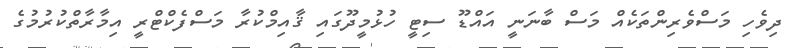
ދިވެހި މަސްވެރިންތަކެއް މަސް ބާނަނީ އައްޑޫ ސިޓީ ހުޅުމީދޫގައި ޤާއިމްކުރާ މަސްފެކްޓްރީ އިމާރާތްކުރުމުގެ